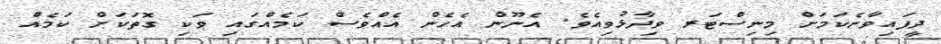
ދީފައިވާނެކަމަށް މިނިސްޓަރ ވިދާޅުވިިއެވެ. އެނޫން އެހެން އެއްވެސް ކަމެއްގައި ވަކި ގޮތަކަށް ކަމެއް